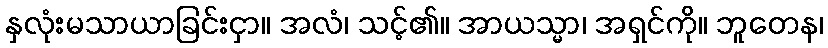
နှလုံးမသာယာခြင်းငှာ။ အလံ၊ သင့်၏။ အာယသ္မာ၊ အရှင်ကို။ ဘူတေန၊